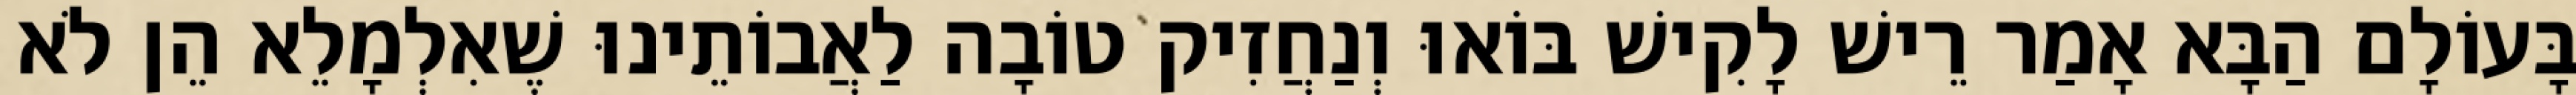
בָּעוֹלָם הַבָּא אָמַר רֵישׁ לָקִישׁ בּוֹאוּ וְנַחֲזִיק טוֹבָה לַאֲבוֹתֵינוּ שֶׁאִלְמָלֵא הֵן לֹא